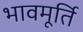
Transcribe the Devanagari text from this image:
भावमूर्ति